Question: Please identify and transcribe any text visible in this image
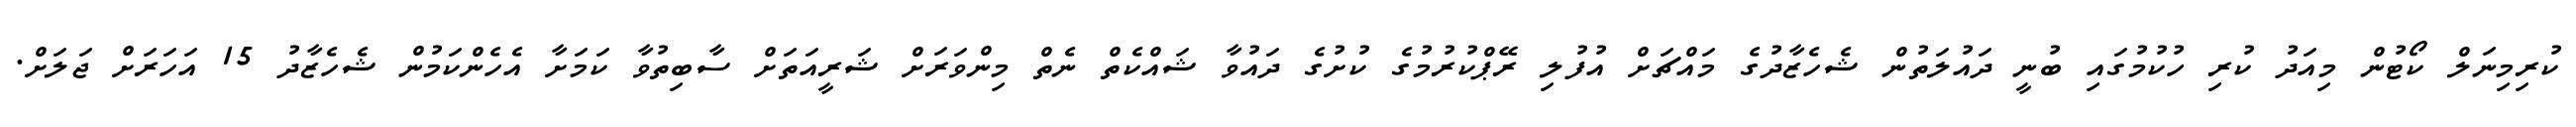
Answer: ކުރިމިނަލް ކޯޓުން މިއަދު ކުރި ހުކުމުގައި ބުނީ ދައުލަތުން ޝެހެޒާދުގެ މައްޗަށް އުފުލި ރޭޕްކުރުމުގެ ކުށުގެ ދައުވާ ޝައްކެތް ނެތް މިންވަރަށް ޝަރީއަތަށް ސާބިތުވާ ކަމަށާ އެހެންކަމުން ޝެހެޒާދު 15 އަހަރަށް ޖަލަށް.